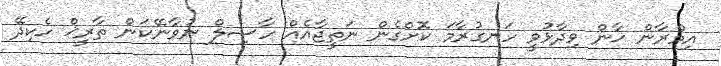
އިމްރާން ޚާން ވިދާޅުވީ ހަނގުރާމަ ކޮށްގެން ނަތީޖާއެއް ހާސިލް ނުވާނޭކަން ތާރީޚް ހެކިދޭ